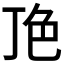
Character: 𬻖